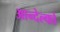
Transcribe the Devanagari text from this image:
आन्देल्को